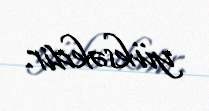
yüksəkdir.